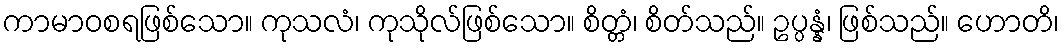
ကာမာဝစရဖြစ်သော။ ကုသလံ၊ ကုသိုလ်ဖြစ်သော။ စိတ္တံ၊ စိတ်သည်။ ဥပ္ပန္နံ၊ ဖြစ်သည်။ ဟောတိ၊